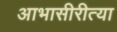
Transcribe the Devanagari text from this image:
आभासीरीत्या